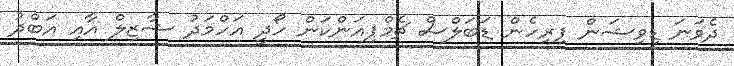
ދެވަނަ ޑިވިޝަން ފިރިހެން ޑަބަލްސް ޗެމްޕިއަންކަން ހޯދީ އަހްމަދު ޝާޒިލް އާއި އަބްދު